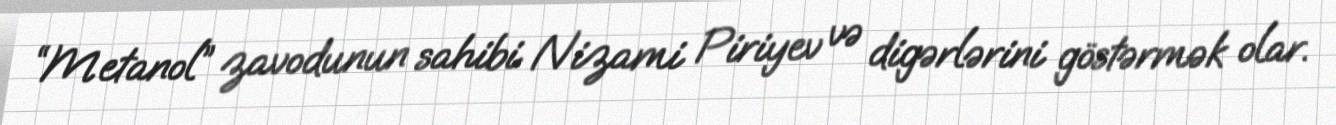
“Metanol” zavodunun sahibi Nizami Piriyev və digərlərini göstərmək olar.